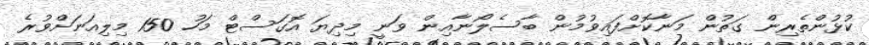
ކުޅުންތެރިން ގަތުން މަނާކޮށްފައިވުމުން ބާސެލޯނާއިން ވަނީ މިދިޔަ އޮގަސްޓް މަހު 150 މިލިއަނަށްވުރެ